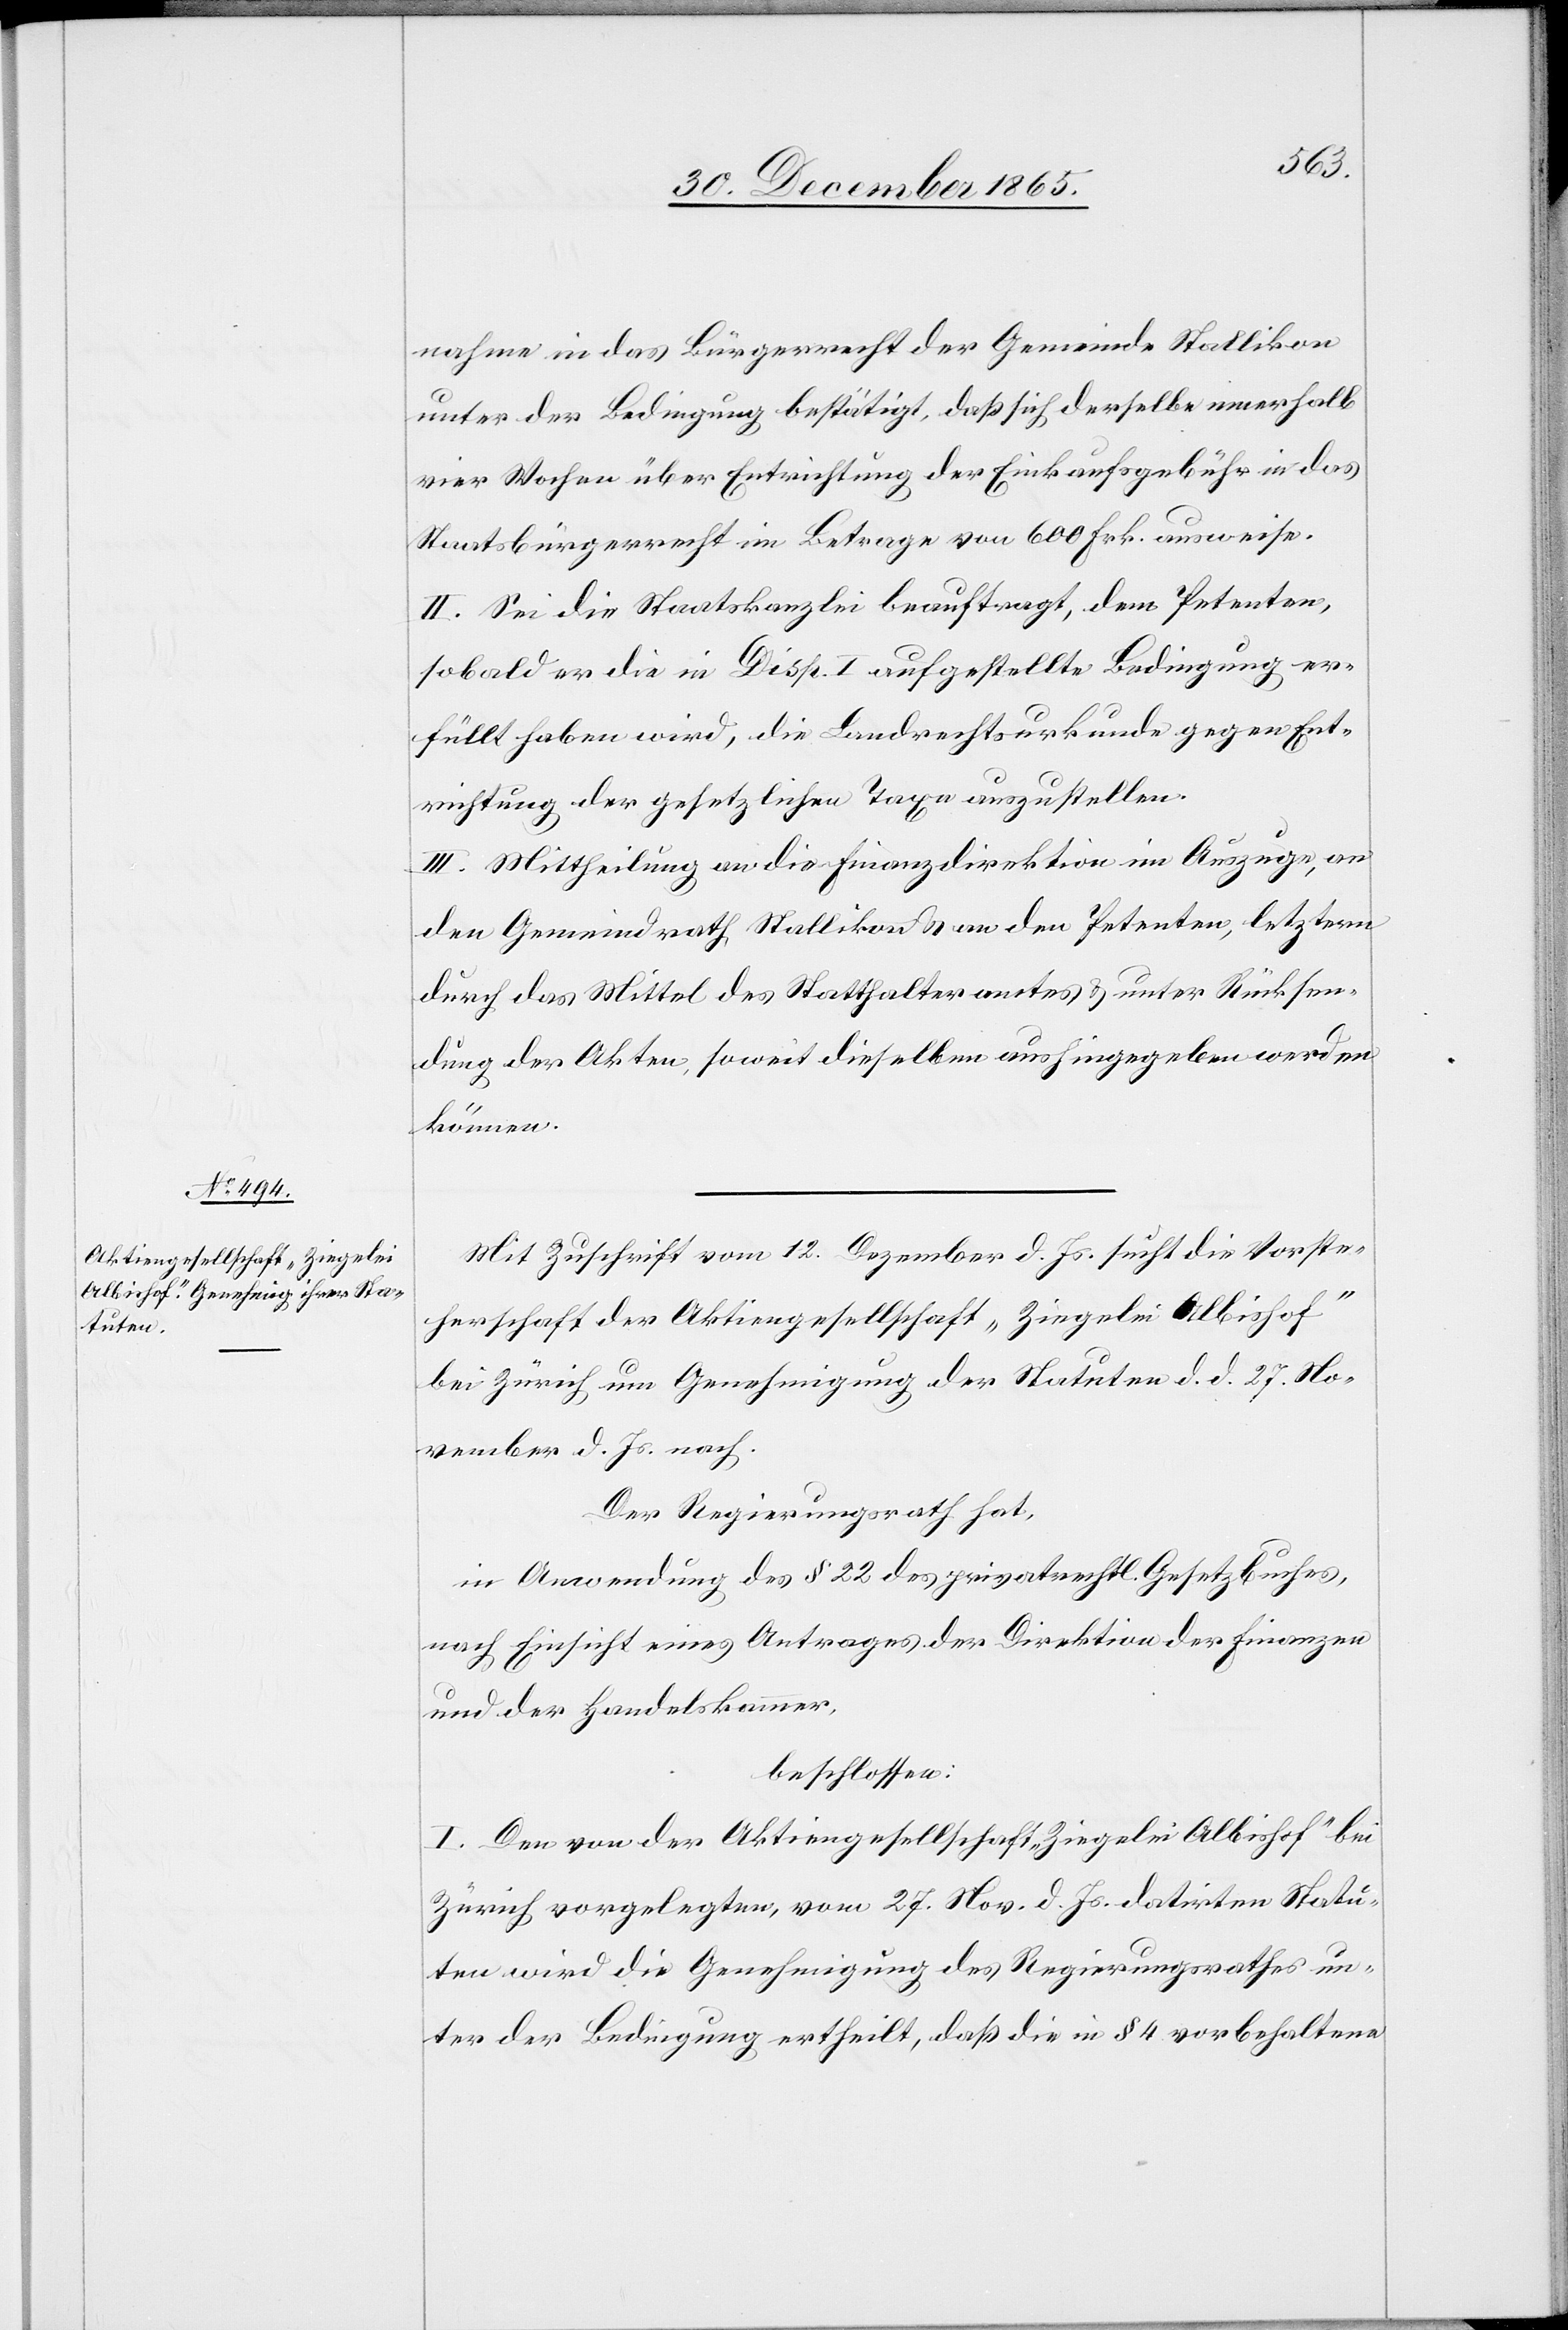
nahme in das Bürgerrecht der Gemeinde Stallikon
unter der Bedingung bestätigt, daß sich derselbe innerhalb
vier Wochen über Entrichtung der Einkaufsgebühr in das
Staatsbürgerrecht im Betrage von 600 Frk. ausweise.
II. Sei die Staatskanzlei beauftragt, dem Petenten,
sobald er die in Disp. I aufgestellte Bedingung er¬
füllt haben wird, die Landrechtsurkunde gegen Ent¬
richtung der gesetzlichen Taxen auszustellen.
III. Mittheilung an die Finanzdirektion im Auszuge, an
den Gemeindrath Stallikon & an den Petenten, letzterm
durch das Mittel des Statthalteramtes & unter Rückstel¬
lung der Akten, soweit dieselben aushingegeben werden
können.
Mit Zuschrift vom 12. Dezember d. Js. sucht die Vorste¬
herschaft der Aktiengesellschaft „Ziegelei Albishof“
bei Zürich um Genehmigung der Statuten d. d. 27. No¬
vember d. Js. nach.
Der Regierungsrath hat,
in Anwendung des § 22 des privatrechtl. Gesetzbuches,
nach Einsicht eines Antrages der Direktion der Finanzen
und der Handelskammer,
beschlossen:
I. Den von der Aktiengesellschaft „Ziegelei Albishof“ bei
Zürich vorgelegten, vom 27. Nov. d. Js. datirten Statu¬
ten wird die Genehmigung des Regierungsrathes un¬
ter der Bedingung ertheilt, daß die in § 4 vorbehaltene